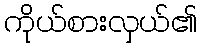
ကိုယ်စားလှယ်၏